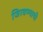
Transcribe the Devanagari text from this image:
जिरवण्याची